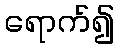
ရောက်၍